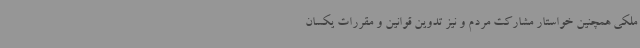
ملکی همچنین خواستار مشارکت مردم و نیز تدوین قوانین و مقررات یکسان